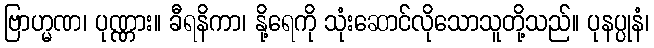
ဗြာဟ္မဏ၊ ပုဏ္ဏား။ ခီရနိကာ၊ နို့ရေကို သုံးဆောင်လိုသောသူတို့သည်။ ပုနပ္ပုနံ၊